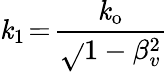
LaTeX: \mathit{k}_{1}\! =\! \frac{{\mathit{k}_{\mathrm{{o}}}}}{{\sqrt{}{{1-\beta_{v}^{2}}}}}